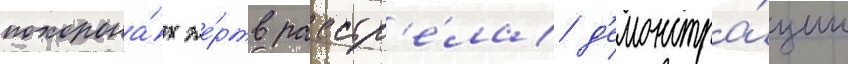
похорона́х же́ртв расстр'е́ла д'емонстра́ции